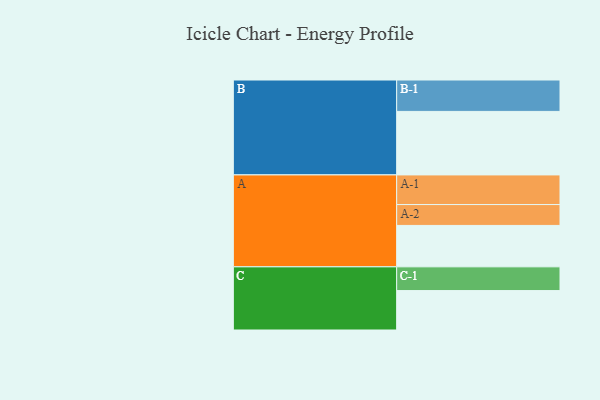
{"axis": {"x": "Segment", "y": "Value"}, "legend": ["", "A", "B", "C"], "data": [{"x": "A", "y": 373, "type": ""}, {"x": "B", "y": 572, "type": ""}, {"x": "C", "y": 355, "type": ""}, {"x": "A-1", "y": 267, "type": "A"}, {"x": "A-2", "y": 188, "type": "A"}, {"x": "B-1", "y": 283, "type": "B"}, {"x": "C-1", "y": 214, "type": "C"}]}